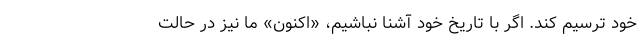
خود ترسیم کند. اگر با تاریخ خود آشنا نباشیم، «اکنونِ» ما نیز در حالت